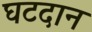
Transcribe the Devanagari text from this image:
घटदान